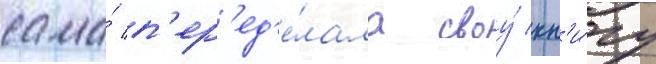
сама́ п'ер'ед'е́лала своу́ кн'и́гу